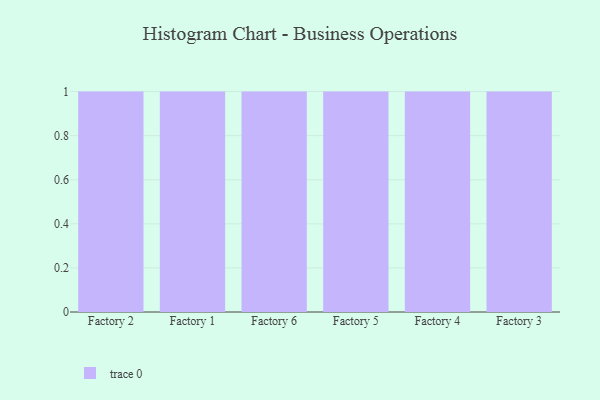
{"axis": {"x": "Factory", "y": "Population (Million)"}, "legend": [""], "data": [{"x": "Factory 2", "y": 61, "type": ""}, {"x": "Factory 1", "y": 22, "type": ""}, {"x": "Factory 6", "y": 12, "type": ""}, {"x": "Factory 5", "y": 74, "type": ""}, {"x": "Factory 4", "y": 79, "type": ""}, {"x": "Factory 3", "y": 23, "type": ""}]}